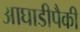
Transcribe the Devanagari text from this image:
आघाडीपैकी